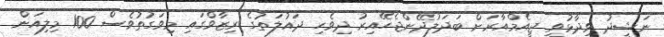
ނަޝީދު ވިދާޅުވީ ޖީއެމްއާރަށް ބަދަލުދޭންޖެހޭއިރު ދިވެހި ދައުލަތުގެ ރިޒާވްގައި މިވަގުތުވެސް 100 މިލިއަން